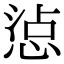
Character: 惉